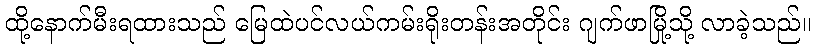
ထို့နောက်မီးရထားသည် မြေထဲပင်လယ်ကမ်းရိုးတန်းအတိုင်း ဂျက်ဖာမြို့သို့ လာခဲ့သည်။